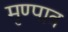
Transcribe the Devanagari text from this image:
मृण्पात्र